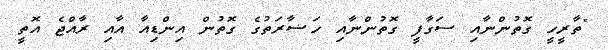
"ތާރީހީ ގޮތުންނާއި ސަގާފީ ގޮތުންނާއި ހަޟާރަތުގެ ގޮތުން އިންޑިއާ އާއި ރާއްޖެ އޮތީ